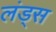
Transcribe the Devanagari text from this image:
लंड्स